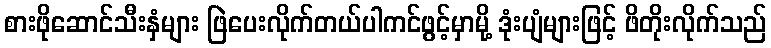
စားဖိုဆောင်သီးနှံများ ဖြဲပေးလိုက်တယ်ပါကင်ဖွင့်မှာမို့ ဒုံးပျံများဖြင့် ဖိတိုးလိုက်သည်